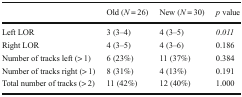
<table><thead><tr><td></td><td><b>Old (<i>N</i> = 26)</b></td><td><b>New (<i>N</i> = 30)</b></td><td><b><i>p</i> value</b></td></tr></thead><tbody><tr><td>Left LOR</td><td>3 (3–4)</td><td>4 (3–5)</td><td><i>0</i>.<i>011</i></td></tr><tr><td>Right LOR</td><td>4 (3–5)</td><td>4 (3–6)</td><td>0.186</td></tr><tr><td>Number of tracks left (&gt; 1)</td><td>6 (23%)</td><td>11 (37%)</td><td>0.384</td></tr><tr><td>Number of tracks right (&gt; 1)</td><td>8 (31%)</td><td>4 (13%)</td><td>0.191</td></tr><tr><td>Total number of tracks (&gt; 2)</td><td>11 (42%)</td><td>12 (40%)</td><td>1.000</td></tr></tbody></table>